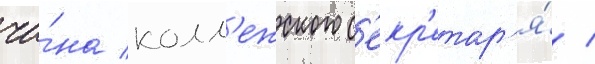
чи́на колл'ежского с'екр'етар'я́ /